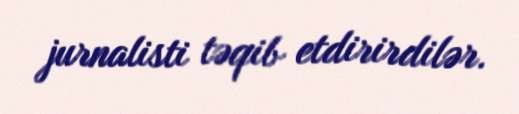
jurnalisti təqib etdirirdilər.